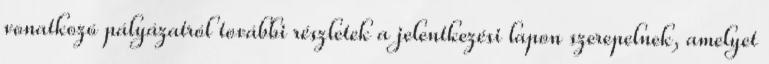
vonatkozó pályázatról további részletek a jelentkezési lapon szerepelnek, amelyet